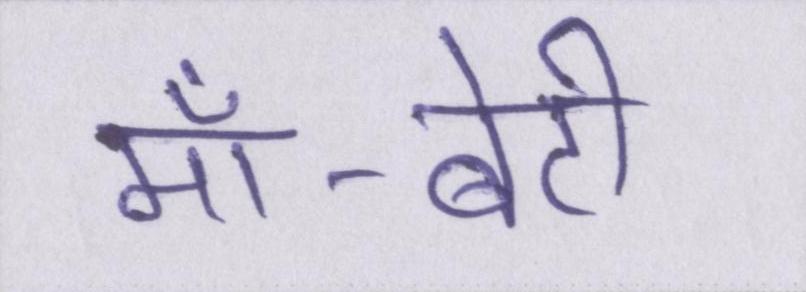
माँ-बेटी